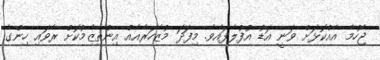
ޖެހުމާ އެއްކޮޅަށް ވަނީ އަޑު އުފުލާފައެވެ. މިފަދަ މުޒާހަރާއެއް އިންތިޒާމުކޮށް ރާވައި ހިންގާ